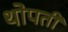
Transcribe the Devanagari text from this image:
थोपती